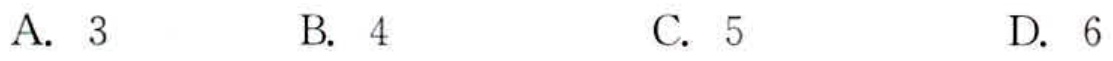
A. \(3\)  B. \(4\)  C. \(5\)  D. \(6\)